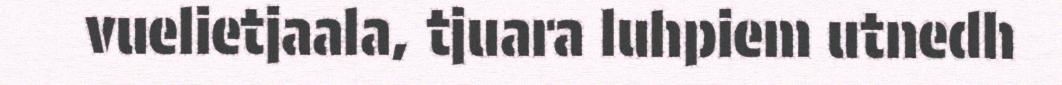
vuelietjaala, tjuara luhpiem utnedh